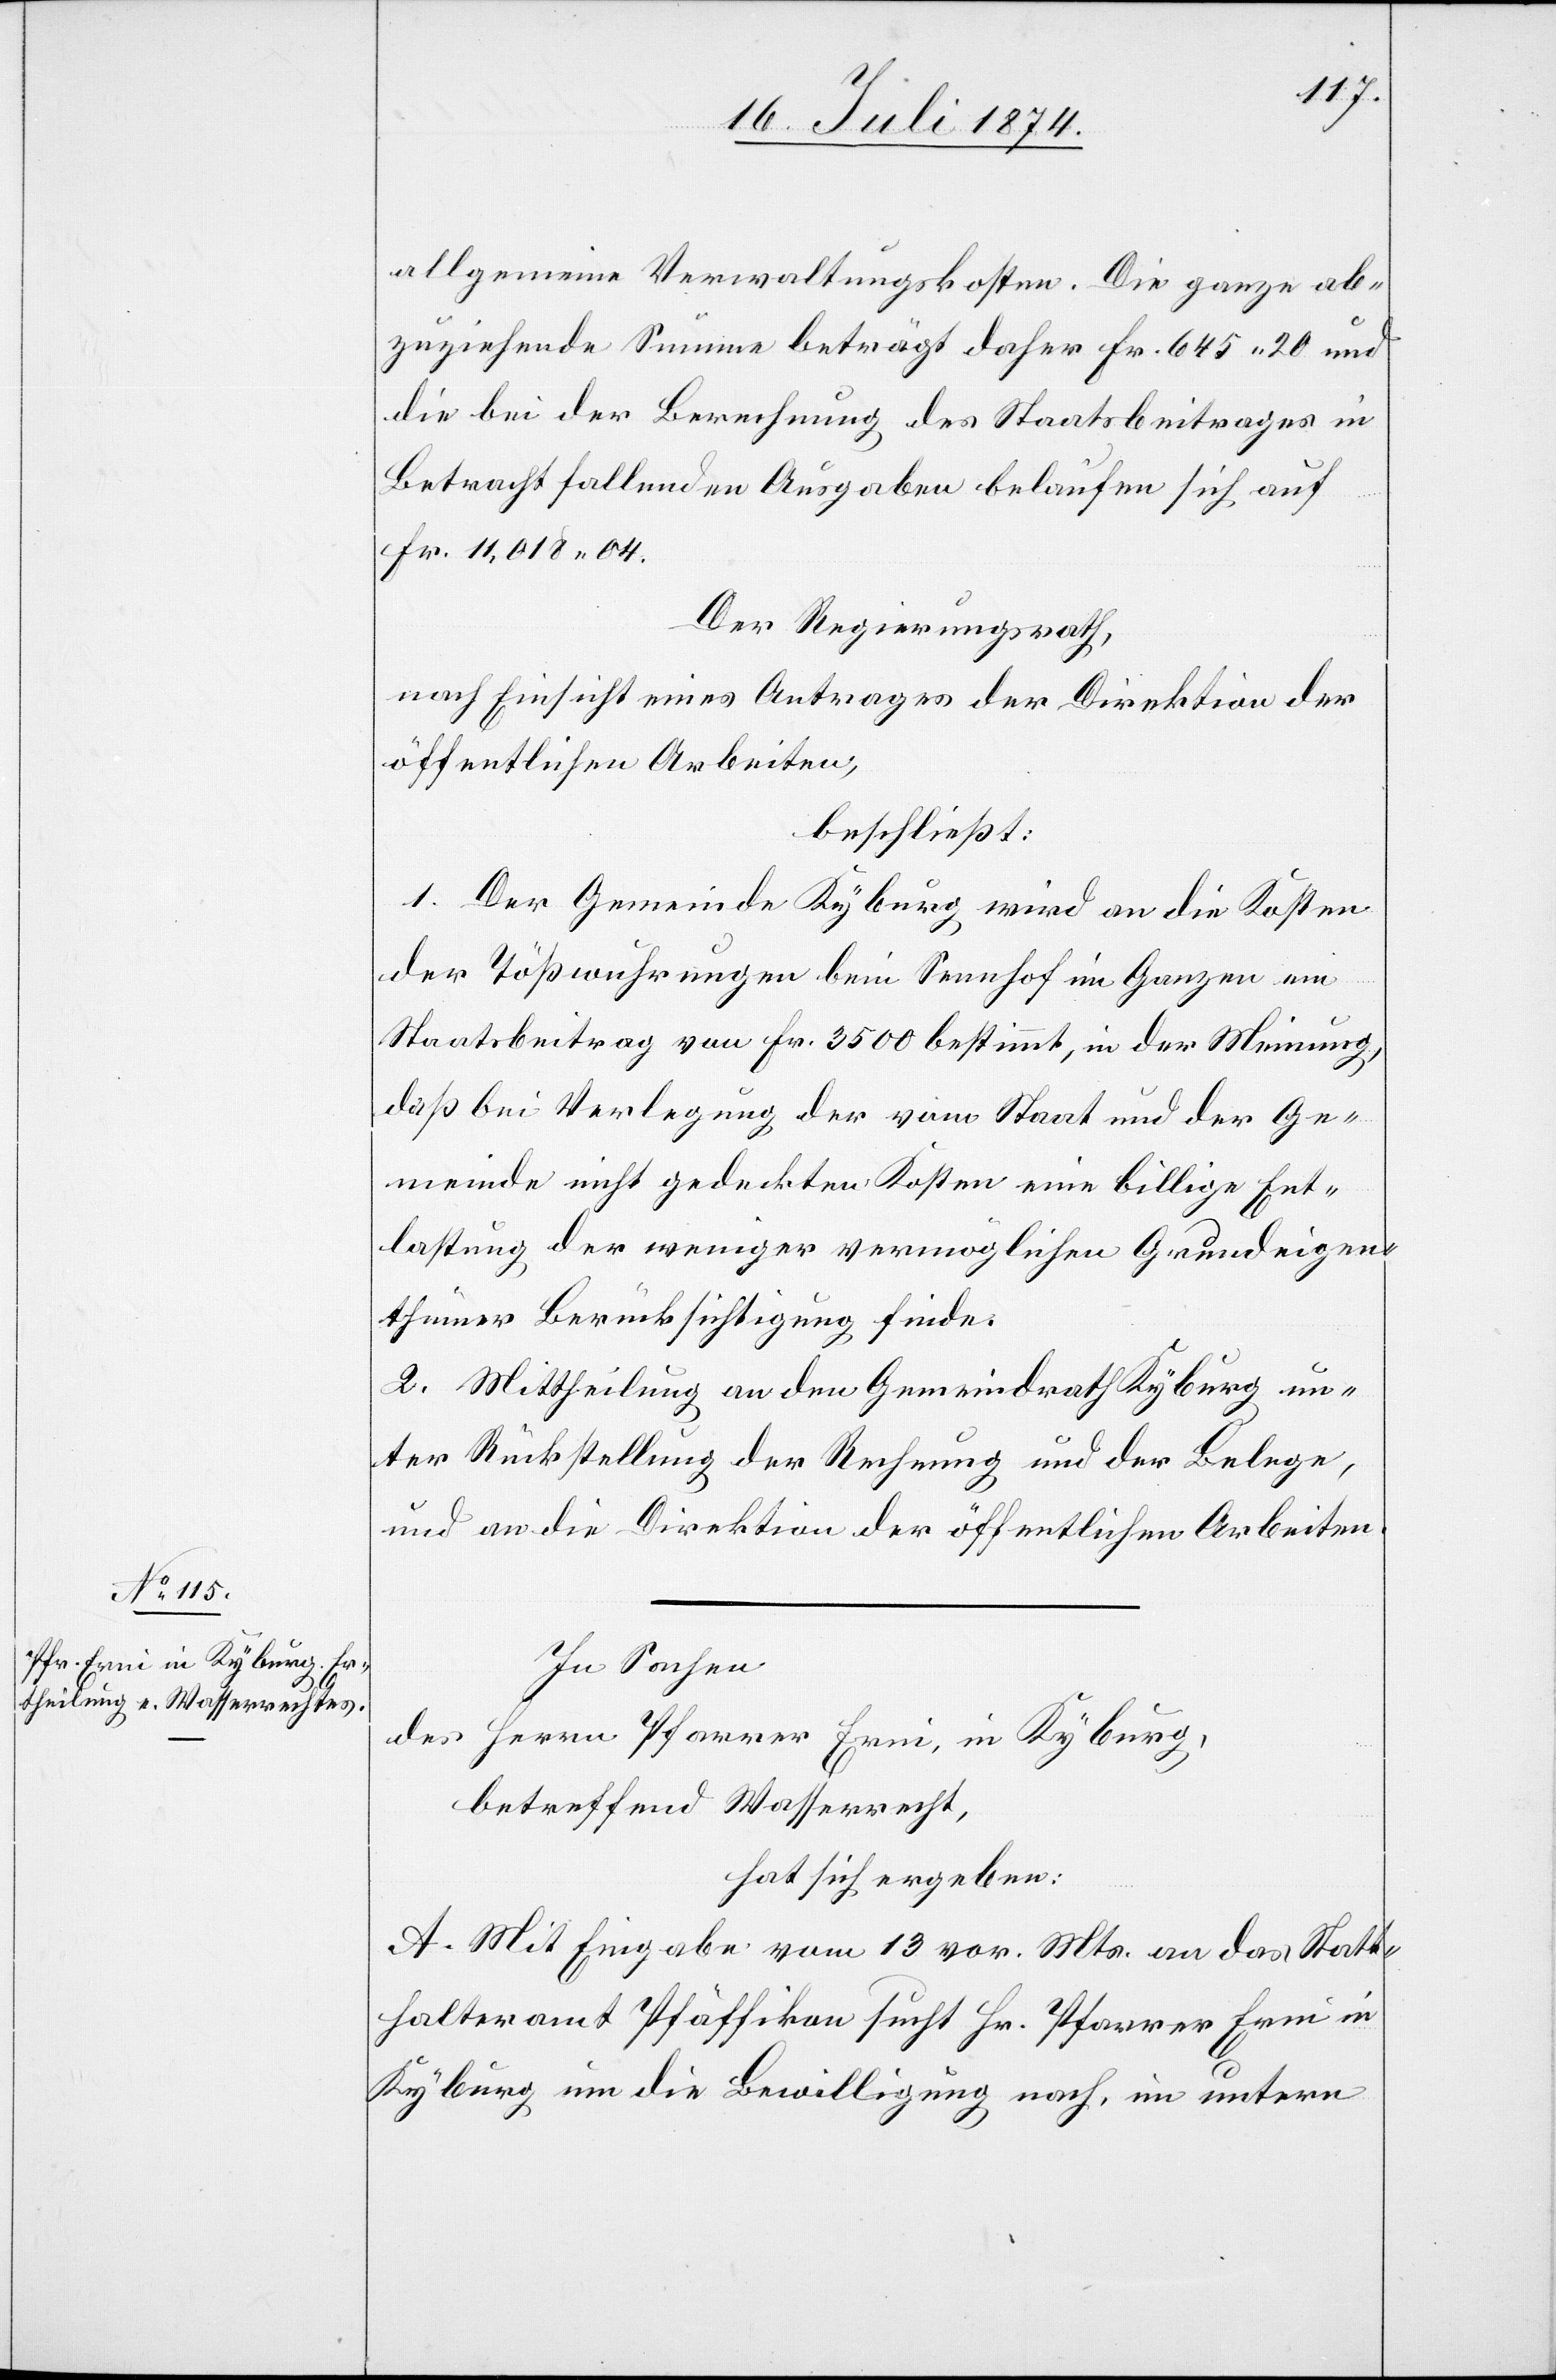
In Sachen
des Herrn Pfarrer Erni, in Kyburg,
betreffend Wasserrecht,
hat sich ergeben:
A. Mit Eingabe vom 13. vor. Mts. an das Statt¬
halteramt Pfäffikon sucht Hr. Pfarrer Erni in
Kyburg um die Bewilligung nach, im untern